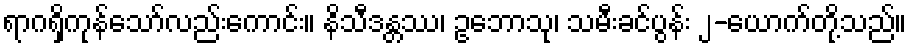
ရာဂရှိကုန်သော်လည်းကောင်း။ နိသီဒန္တဿ၊ ဥဘောသု၊ သမီးခင်ပွန်း ၂-ယောက်တို့သည်။